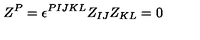
Z ^ { P } = \epsilon ^ { P I J K L } Z _ { I J } Z _ { K L } = 0